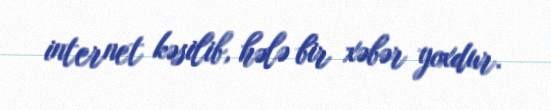
internet kəsilib, hələ bir xəbər yoxdur.